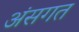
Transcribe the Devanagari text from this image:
अंसगत